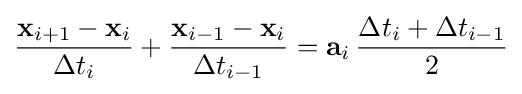
{\frac {\mathbf {x} _{i+1}-\mathbf {x} _{i}}{\Delta t_{i}}}+{\frac {\mathbf {x} _{i-1}-\mathbf {x} _{i}}{\Delta t_{i-1}}}=\mathbf {a} _{i}\,{\frac {\Delta t_{i}+\Delta t_{i-1}}{2}}